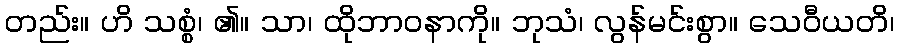
တည်း။ ဟိ သစ္စံ၊ ၏။ သာ၊ ထိုဘာဝနာကို။ ဘုသံ၊ လွန်မင်းစွာ။ သေဝီယတိ၊